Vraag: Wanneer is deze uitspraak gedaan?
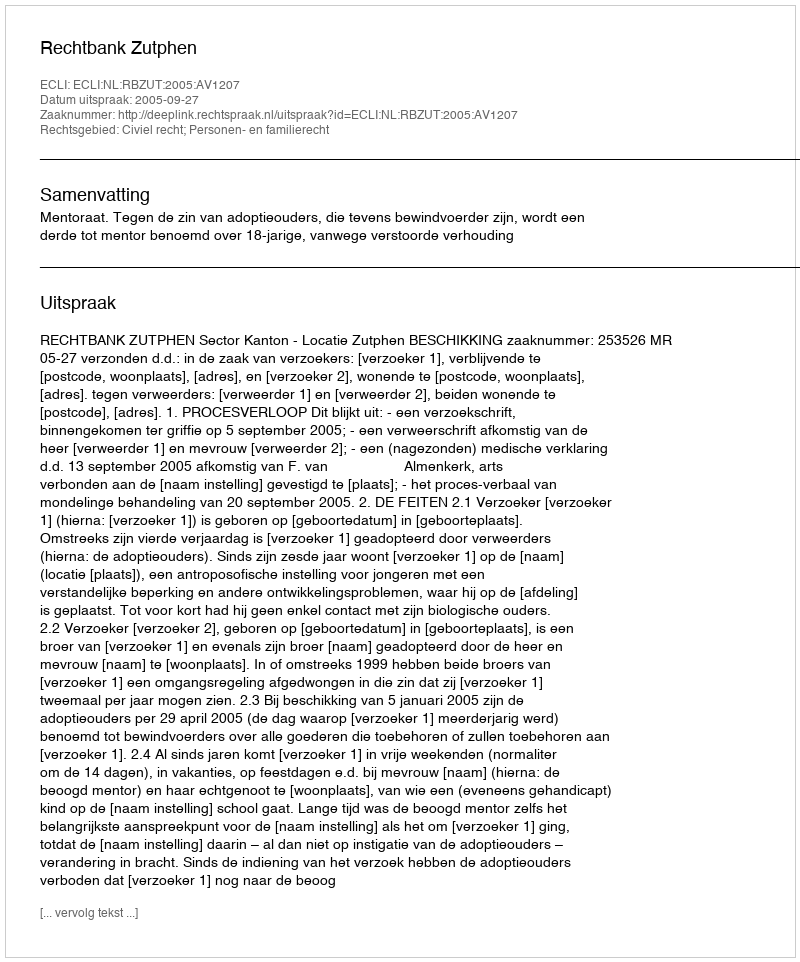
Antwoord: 2005-09-27